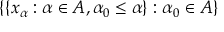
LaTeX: \{ \{ x _ { \alpha } : \alpha \in A , \alpha _ { 0 } \leq \alpha \} : \alpha _ { 0 } \in A \}